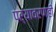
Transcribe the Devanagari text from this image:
पर्यावरणही